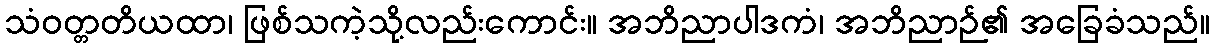
သံဝတ္တတိယထာ၊ ဖြစ်သကဲ့သို့လည်းကောင်း။ အဘိညာပါဒကံ၊ အဘိညာဉ်၏ အခြေခံသည်။